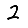
Digit: 2